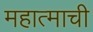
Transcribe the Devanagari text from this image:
महात्माची